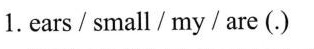
1.ears/small_/my/are (.)